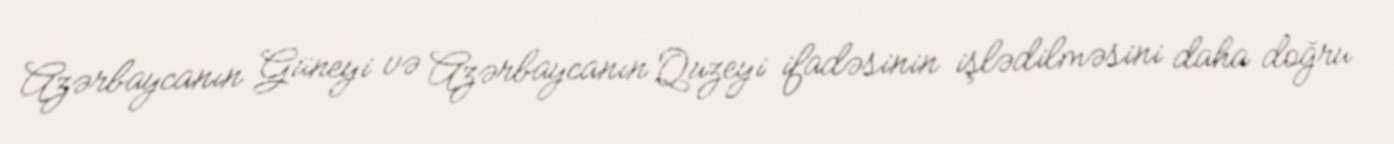
Azərbaycanın Güneyi və Azərbaycanın Quzeyi ifadəsinin işlədilməsini daha doğru